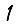
Digit: 1